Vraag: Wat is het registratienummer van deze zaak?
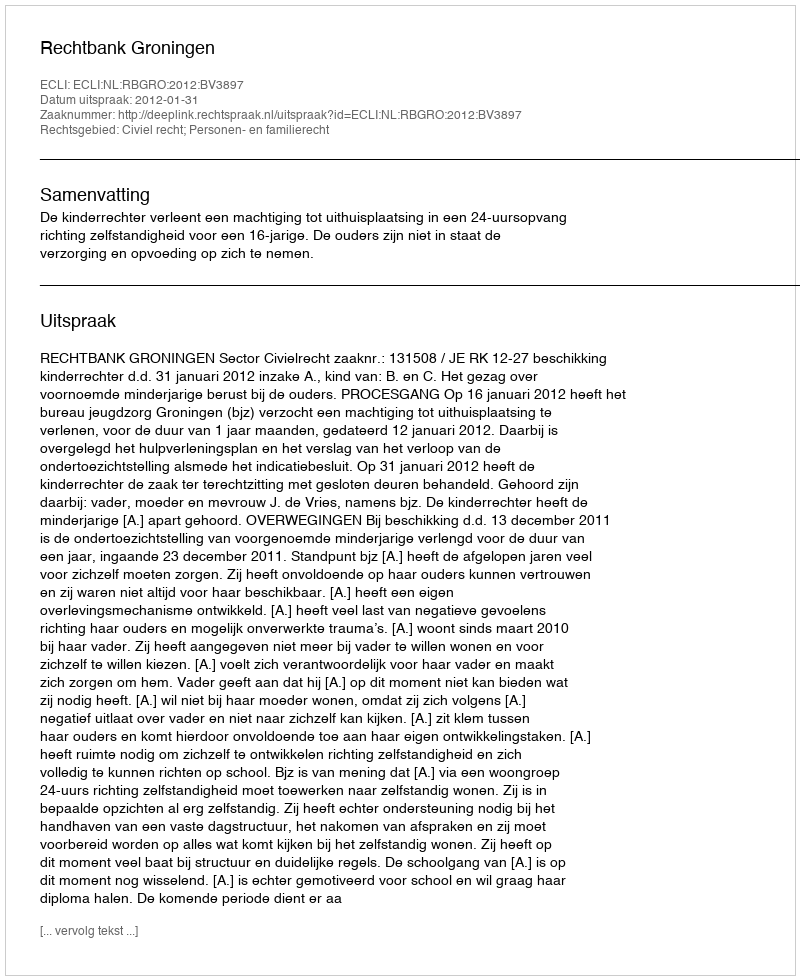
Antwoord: http://deeplink.rechtspraak.nl/uitspraak?id=ECLI:NL:RBGRO:2012:BV3897